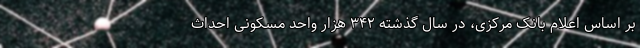
بر اساس اعلام بانک مرکزی، در سال گذشته ۳۴۲ هزار واحد مسکونی احداث